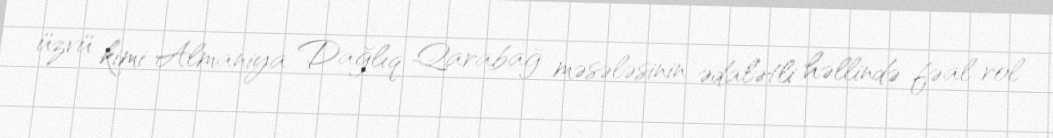
üzvü kimi Almaniya Dağlıq Qarabağ məsələsinin ədalətli həllində fəal rol